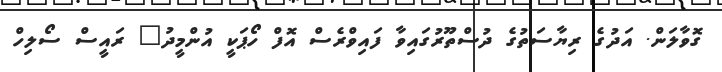
ގޮވާލަން. އަދުގެ ރިޔާސަތުގެ ދުސްތޫރުގައިވާ ފައިވްރެސް އޮފް ހޯޕަކީ އުންމީދު" ރައީސް ސޯލިހް